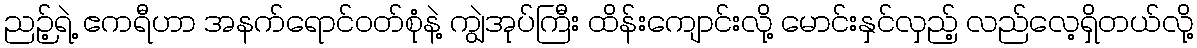
ညဉ့်ရဲ့ ဧကရီဟာ အနက်ရောင်ဝတ်စုံနဲ့ ကျွဲအုပ်ကြီး ထိန်းကျောင်းလို့ မောင်းနှင်လှည့် လည်လေ့ရှိတယ်လို့